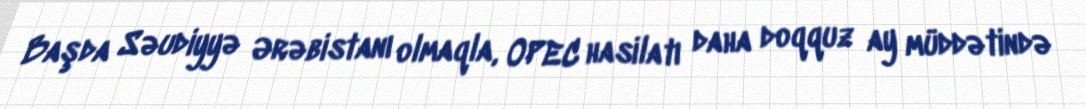
Başda Səudiyyə Ərəbistanı olmaqla, OPEC hasilatı daha doqquz ay müddətində